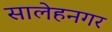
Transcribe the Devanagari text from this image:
सालेहनगर